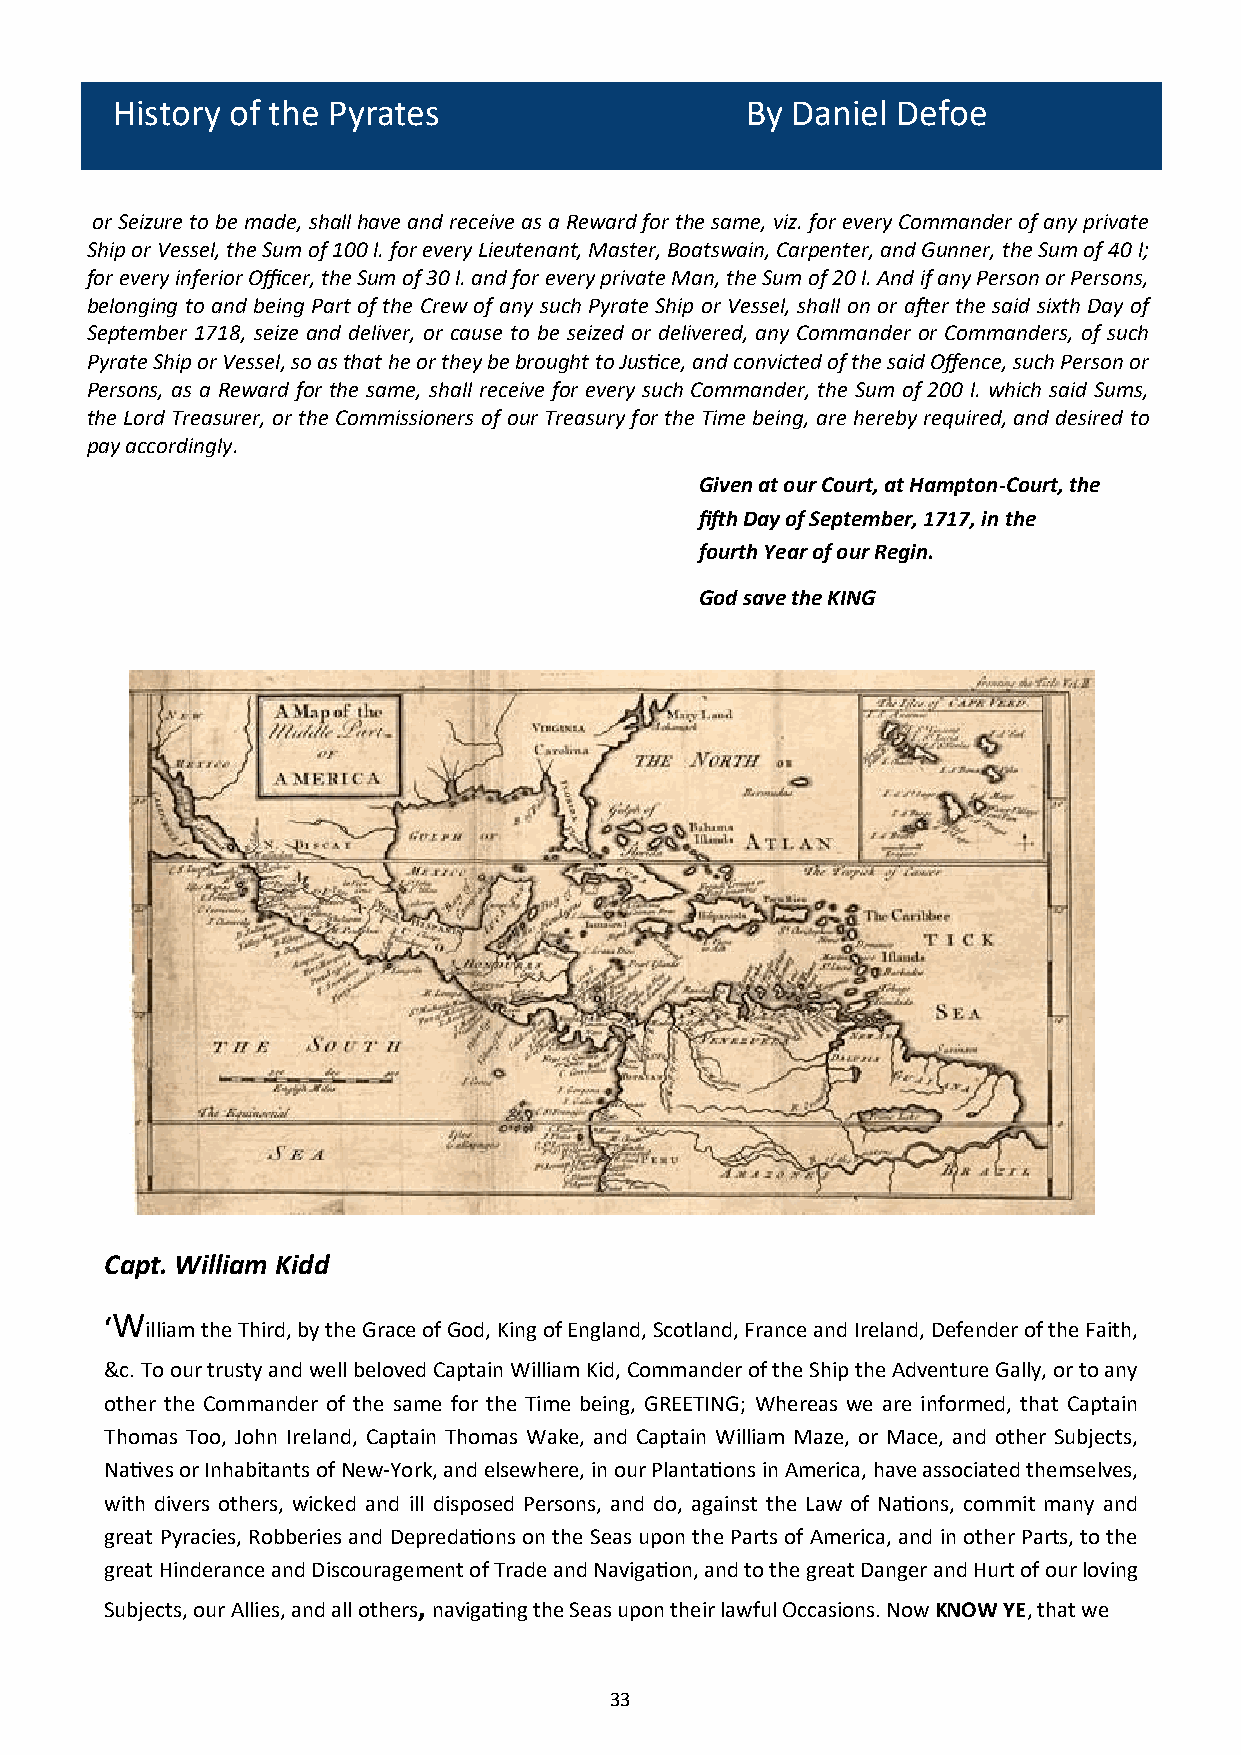
History of the Pyrates                    By Daniel Defoe
 or Seizure to be made, shall have and receive as a Reward for the same, viz. for every Commander of any private
 Ship or Vessel, the Sum of 100 l. for every Lieutenant, Master, Boatswain, Carpenter, and Gunner, the Sum of 40 l;
 for every inferior Officer, the Sum of 30 l. and for every private Man, the Sum of 20 l. And if any Person or Persons,
 belonging to and being Part of the Crew of any such Pyrate Ship or Vessel, shall on or after the said sixth Day of
 September 1718, seize and deliver, or cause to be seized or delivered, any Commander or Commanders, of such
 Pyrate Ship or Vessel, so as that he or they be brought to Justice, and convicted of the said Offence, such Person or
 Persons, as a Reward for the same, shall receive for every such Commander, the Sum of 200 l. which said Sums,
 the Lord Treasurer, or the Commissioners of our Treasury for the Time being, are hereby required, and desired to
 pay accordingly.
 Given at our Court, at Hampton-Court, the
 fifth Day of September, 1717, in the
 fourth Year of our Regin.
 God save the KING
 Capt. William Kidd
 ‘W
 illiam the Third, by the Grace of God, King of England, Scotland, France and Ireland, Defender of the Faith,
 &c. To our trusty and well beloved Captain William Kid, Commander of the Ship the Adventure Gally, or to any
 other the Commander of the same for the Time being, GREETING; Whereas we are informed, that Captain
 Thomas Too, John Ireland, Captain Thomas Wake, and Captain William Maze, or Mace, and other Subjects,
 Natives or Inhabitants of New-York, and elsewhere, in our Plantations in America, have associated themselves,
 with divers others, wicked and ill disposed Persons, and do, against the Law of Nations, commit many and
 great Pyracies, Robberies and Depredations on the Seas upon the Parts of America, and in other Parts, to the
 great Hinderance and Discouragement of Trade and Navigation, and to the great Danger and Hurt of our loving
 Subjects, our Allies, and all others, navigating the Seas upon their lawful Occasions. Now KNOW YE, that we
 33